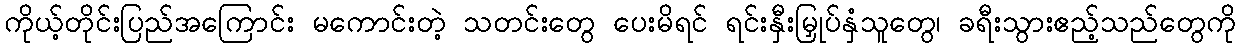
ကိုယ့်တိုင်းပြည်အကြောင်း မကောင်းတဲ့ သတင်းတွေ ပေးမိရင် ရင်းနှီးမြှုပ်နှံသူတွေ၊ ခရီးသွားဧည့်သည်တွေကို